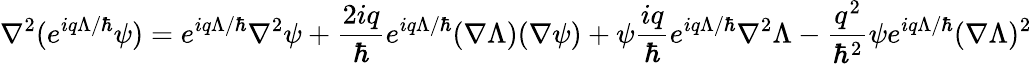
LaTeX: \nabla^{2}(e^{iq\Lambda/\hbar}\psi)=e^{iq\Lambda/\hbar}\nabla^{2}\psi+\frac{2iq}{\hbar}e^{iq\Lambda/\hbar}(\nabla\Lambda)(\nabla\psi)+\psi\frac{iq}{\hbar}e^{iq\Lambda/\hbar}\nabla^{2}\Lambda-\frac{q^{2}}{\hbar^{2}}\psi e^{iq\Lambda/\hbar}(\nabla\Lambda)^{2}